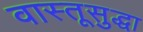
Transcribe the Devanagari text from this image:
वास्तूसुद्धा